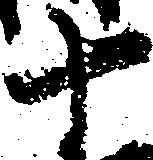
十